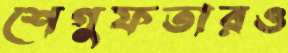
শেগুফতারও